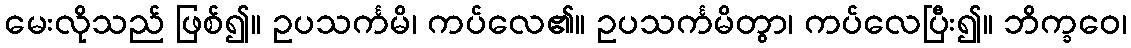
မေးလိုသည် ဖြစ်၍။ ဥပသင်္ကမိ၊ ကပ်လေ၏။ ဥပသင်္ကမိတွာ၊ ကပ်လေပြီး၍။ ဘိက္ခဝေ၊